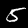
Label: 5